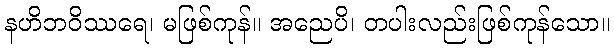
နဟိဘဝိဿရေ၊ မဖြစ်ကုန်။ အညေပိ၊ တပါးလည်းဖြစ်ကုန်သော။